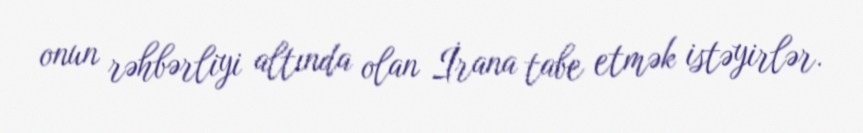
onun rəhbərliyi altında olan İrana tabe etmək istəyirlər.